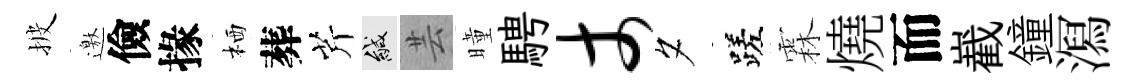
披邀儉掾栖葬芹緘芸曈騁丈夕蹉霖燒而嶻鐘㵼